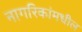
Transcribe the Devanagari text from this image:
नागरिकांमधील